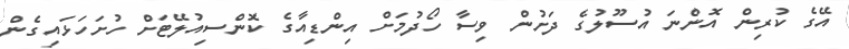
އޭގެ ކުރިން އޮންނަ އުސޫލުގެ ދަށުން ވިސާ ހޯދުމަށް އިންޑިއާގެ ކޮންސިއުލޭޓަށް ހުށަހަޅައިގެން